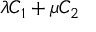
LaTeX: \lambda C _ { 1 } + \mu C _ { 2 }